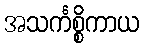
အသင်္ကစ္စိကာယ